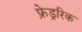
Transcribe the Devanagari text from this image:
फ्रेड्ररिक